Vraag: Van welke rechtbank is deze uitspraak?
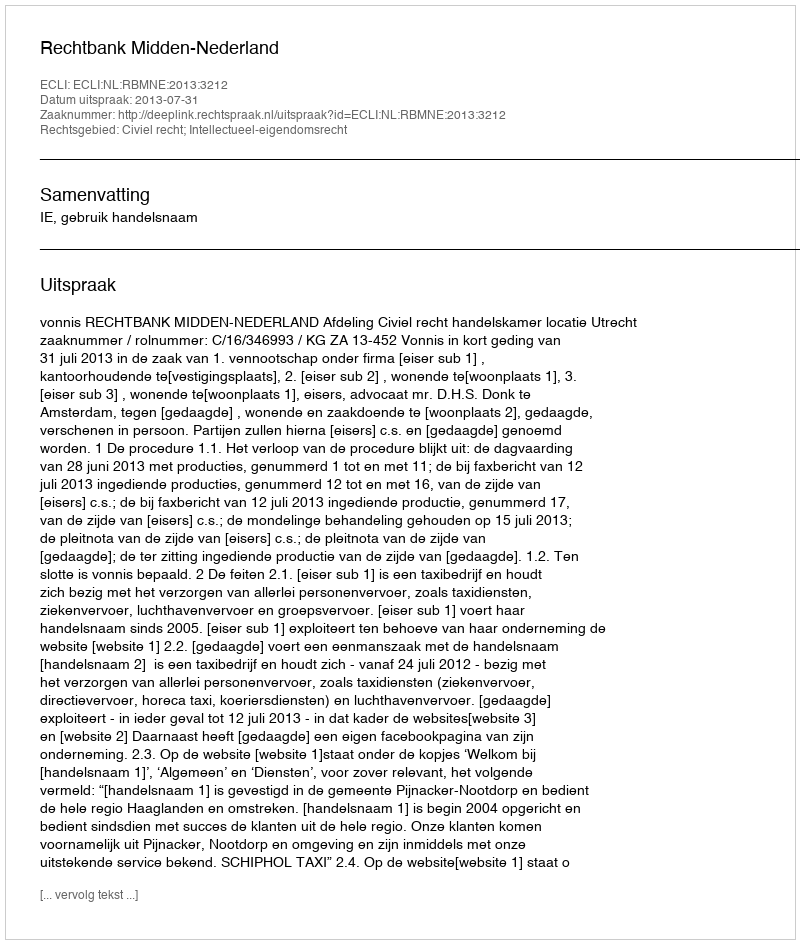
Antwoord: Rechtbank Midden-Nederland